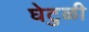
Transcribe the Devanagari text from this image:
घेटुळी